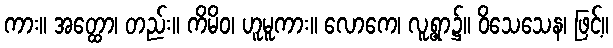
ကား။ အတ္ထော၊ တည်း။ ကိမိဝ၊ ဟူမူကား။ လောကေ၊ လူ့ရွာ၌။ ဝိသေသေန၊ ဖြင့်။